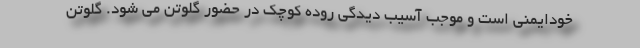
خودایمنی است و موجب آسیب دیدگی روده کوچک در حضور گلوتن می شود. گلوتن